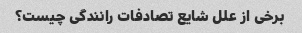
برخی از علل شایع تصادفات رانندگی چیست؟